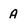
Character: A